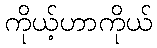
ကိုယ့်ဟာကိုယ်